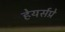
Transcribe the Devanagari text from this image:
हेयर्सप्रे